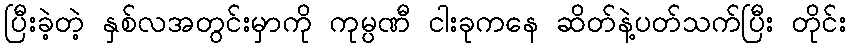
ပြီးခဲ့တဲ့ နှစ်လအတွင်းမှာကို ကုမ္ပဏီ ငါးခုကနေ ဆိတ်နဲ့ပတ်သက်ပြီး တိုင်း